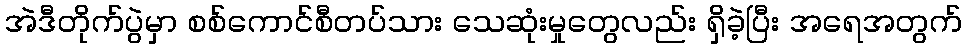
အဲဒီတိုက်ပွဲမှာ စစ်ကောင်စီတပ်သား သေဆုံးမှုတွေလည်း ရှိခဲ့ပြီး အရေအတွက်